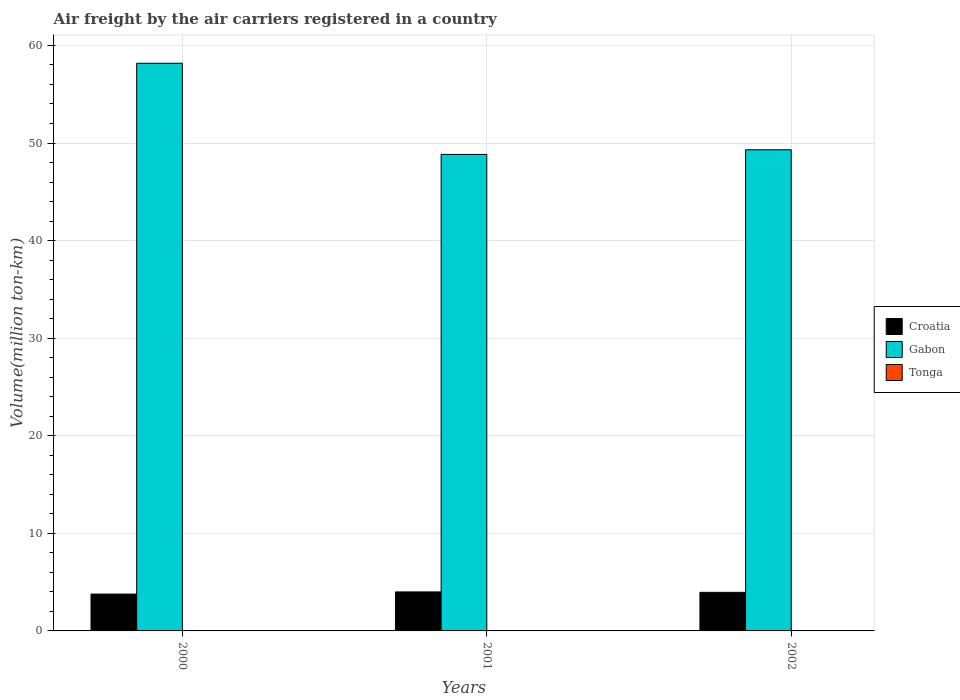
| Years | Croatia | Gabon | Tonga |
 | --- | --- | --- | --- |
 | 2000 | 3.77 | 58.2 | 0.017 |
 | 2001 | 4 | 48.8 | 0.021 |
 | 2002 | 3.95 | 49.3 | 0.024 |